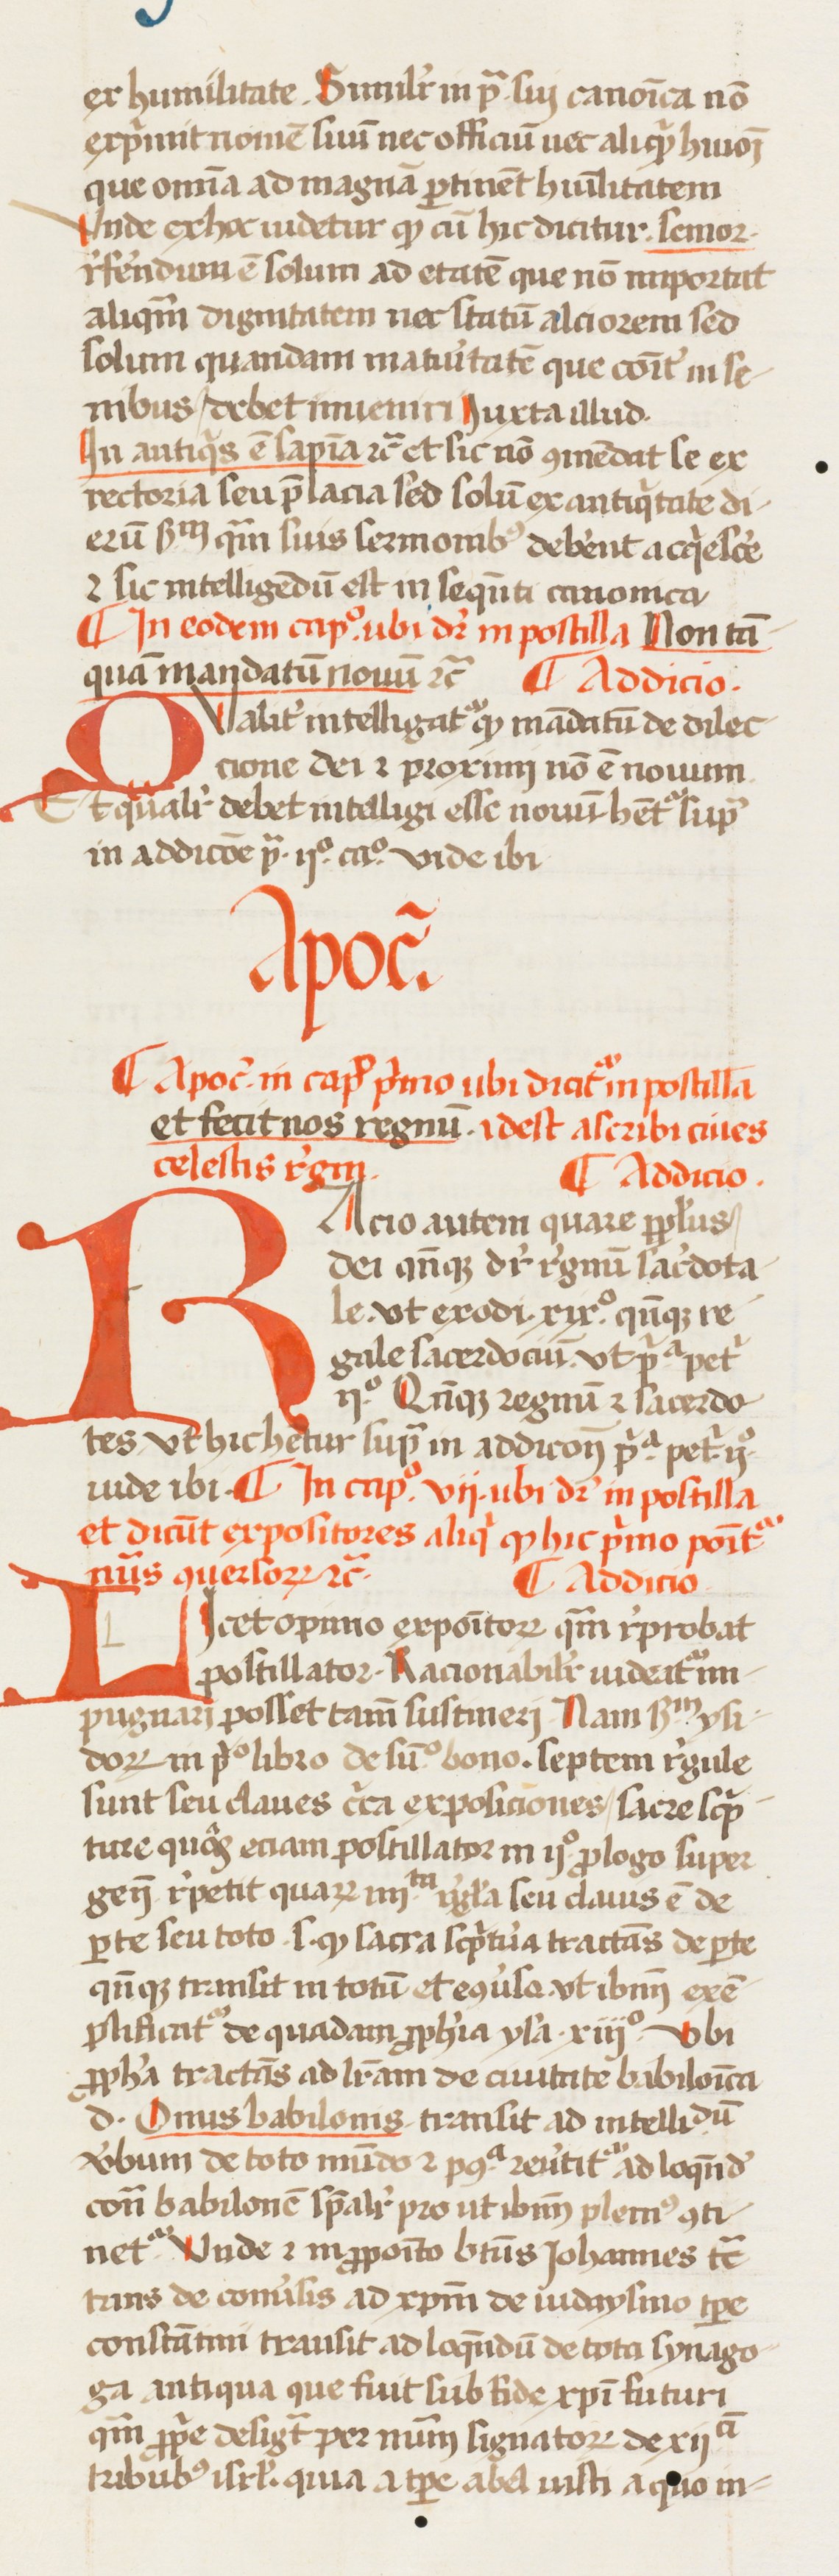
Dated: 1433–1465